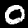
Digit: 0